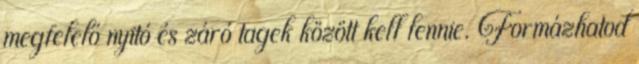
megfelelő nyitó és záró tagek között kell lennie. Formázhatod